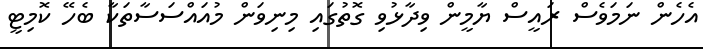
އެހެން ނަމަވެސް ރައީސް ޔާމީން ވިދާޅުވި ގޮތުގައި މިނިވަން މުއައްސަސާތަކާ ބެހޭ ކޮމިޓީ